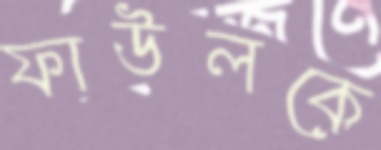
ফাউলকে